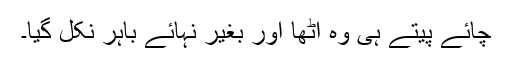
چائے پیتے ہی وہ اٹھا اور بغیر نہائے باہر نکل گیا۔